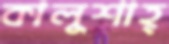
কালুশাহ্